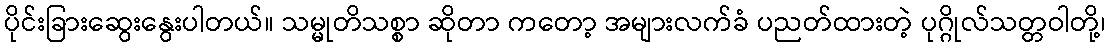
ပိုင်းခြားဆွေးနွေးပါတယ်။ သမ္မုတိသစ္စာ ဆိုတာ ကတော့ အများလက်ခံ ပညတ်ထားတဲ့ ပုဂ္ဂိုလ်သတ္တဝါတို့၊